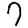
Digit: 7